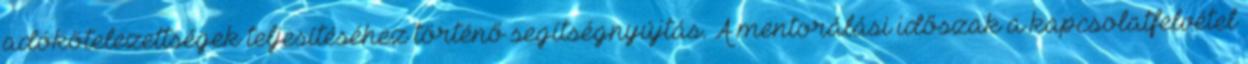
adókötelezettségek teljesítéséhez történő segítségnyújtás. A mentorálási időszak a kapcsolatfelvétel